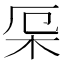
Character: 𣐃